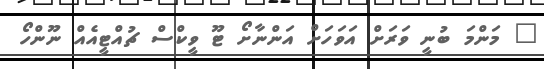
" މަންމަ ބުނީ ވަރަށް އަވަހަށް އަންނާށޯ ޓޫ ވީކްސް ޗުއްޓީއެއް ނޫންހޯ